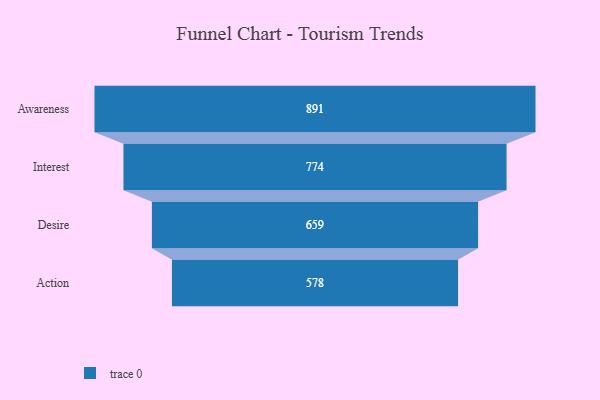
{"axis": {"x": "Stage", "y": "Value"}, "legend": [""], "data": [{"x": "Awareness", "y": 891.0, "type": ""}, {"x": "Interest", "y": 774.0, "type": ""}, {"x": "Desire", "y": 659.0, "type": ""}, {"x": "Action", "y": 578.0, "type": ""}]}